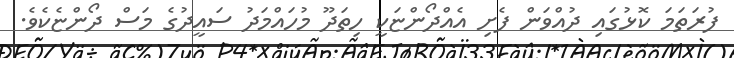
ފުރަތަމަ ކޮޅުގައި ދުއްވަން ފެށި އެއްދޯންޏަކީ ހިތަދޫ މުހައްމަދު ސައީދުގެ މަސް ދޯންޏެކެވެ.